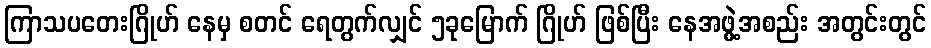
ကြာသပတေးဂြိုဟ် နေမှ စတင် ရေတွက်လျှင် ၅ခုမြောက် ဂြိုဟ် ဖြစ်ပြီး နေအဖွဲ့အစည်း အတွင်းတွင်